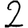
Digit: 2